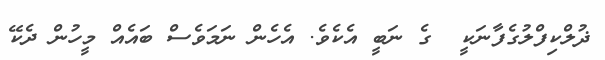
ޛުލްކިފްލުގެފާނަކީ  ގެ ނަބީ އެކެވެ. އެހެން ނަމަވެސް ބައެއް މީހުން ދެކޭ